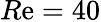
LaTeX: R\mathrm{e}=40